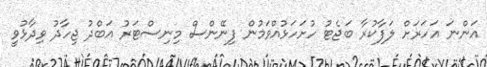
އަންނަ އަހަރަށް ލަފާކުރާ ބަޖެޓު ހުށަހަޅުއްވަމުން ފިނޭންސް މިނިސްޓަރު އަބްދު ޖިހާދު ވިދާޅުވީ